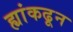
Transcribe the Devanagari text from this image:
ह्यांकढून